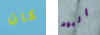
كان اليوم